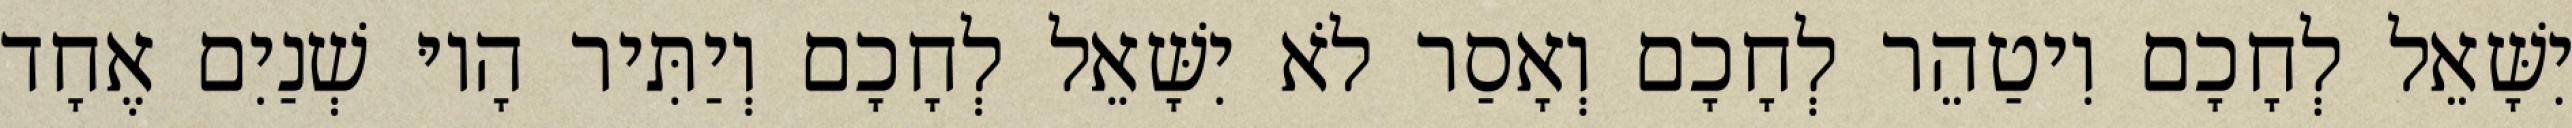
יִשָּׁאֵל לְחָכָם וִיטַהֵר לְחָכָם וְאָסַר לֹא יִשָּׁאֵל לְחָכָם וְיַתִּיר הָיוּ שְׁנַיִם אֶחָד